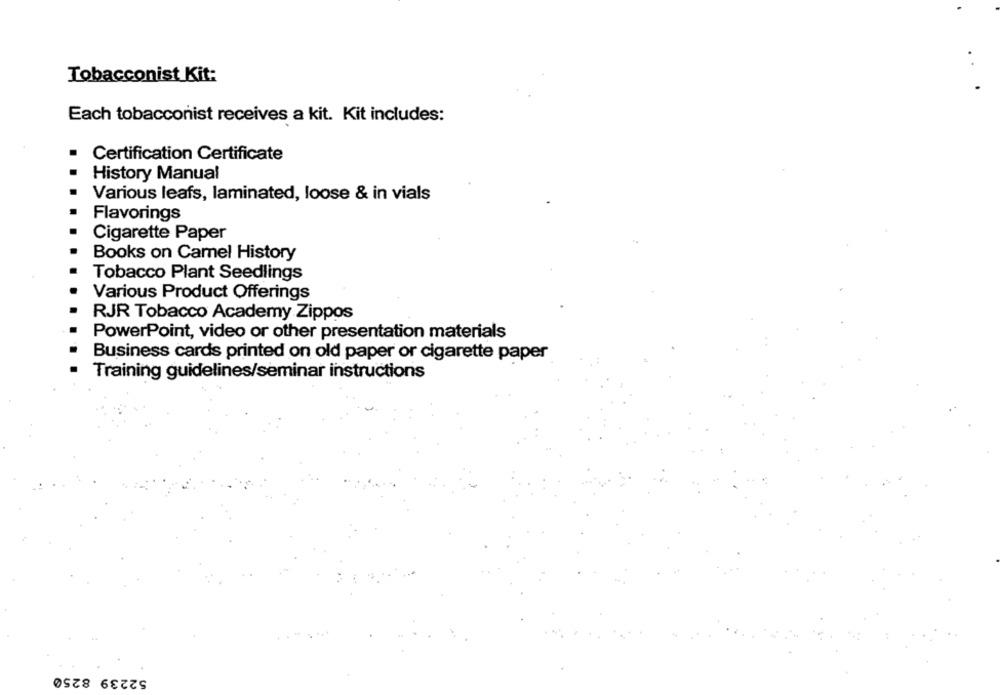
Tobacconist Kit:
Each tobacconist receives a kit. Kit includes:
Certification Certificate
History Manual
Various leafs, laminated, loose & in vials
Flavorings
Cigarette Paper
Books on Camel History
Tobacco Plant Seedlings
Various Product Offerings
RJR Tobacco Academy Zippos
PowerPoint, video or other presentation materials
Business cards printed on old paper or cigarette paper
Training guidelines/seminar instructions
52239 8250